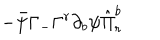
LaTeX: - \bar { \psi } \Gamma _ { - } \Gamma ^ { r } \partial _ { b } \psi \hat { \Pi } _ { r } ^ { b }